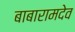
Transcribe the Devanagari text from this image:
बाबारामदेव